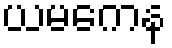
ယမကေန